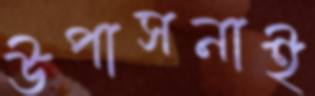
উপাসনাই